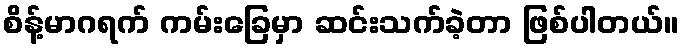
စိန့်မာဂရက် ကမ်းခြေမှာ ဆင်းသက်ခဲ့တာ ဖြစ်ပါတယ်။